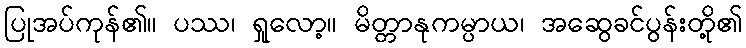
ပြုအပ်ကုန်၏။ ပဿ၊ ရှုလော့။ မိတ္တာနုကမ္ပာယ၊ အဆွေခင်ပွန်းတို့၏